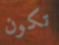
تكون